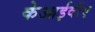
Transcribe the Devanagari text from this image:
केआईवीए